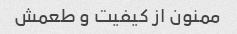
ممنون از کیفیت و طعمش